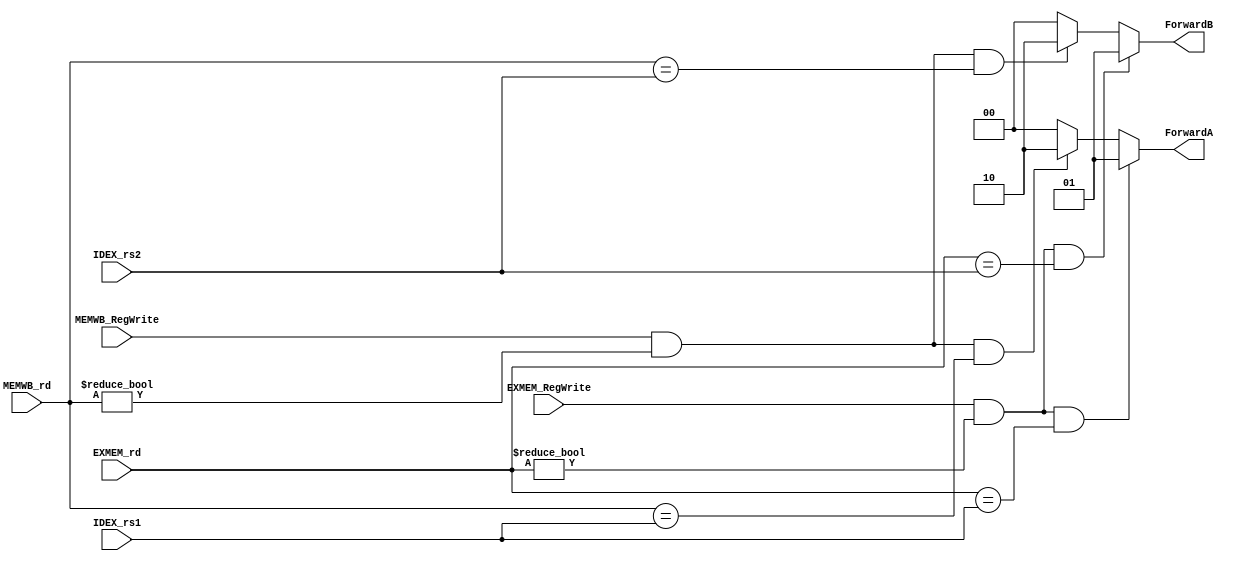
`timescale 1ns / 1ps
//////////////////////////////////////////////////////////////////////////////////
// Company: 
// Engineer: 
// 
// Design Name: 
// Module Name: Forward
// Project Name: 
// Target Devices: 
// Tool Versions: 
// Description: 
// 
// Dependencies: 
// 
// Revision:
// Revision 0.01 - File Created
// Additional Comments:
// 
//////////////////////////////////////////////////////////////////////////////////


module Forward(
    input [4: 0] IDEX_rs1,
    input [4: 0] IDEX_rs2,
    input EXMEM_RegWrite,
    input [4: 0] EXMEM_rd,
    input MEMWB_RegWrite,
    input [4: 0] MEMWB_rd,
    /*
      ForwardA  00         01          10
      rs1       IDEX_rs1   EXMEM_rs1   MEMWB_rs1
      ForwardB  00         01          10
      rs2       IDEX_rs2   EXMEM_rs2   MEMWB_rs2
    */
    output reg [1: 0] ForwardA,
    output reg [1: 0] ForwardB
    );
    always @(*) begin
        /*
          if_elseif
          
          
        */
        if((EXMEM_RegWrite) && (EXMEM_rd != 0) && (EXMEM_rd == IDEX_rs1)) begin
            ForwardA = 2'b01;
        end
        else if((MEMWB_RegWrite) && (MEMWB_rd != 0) && (MEMWB_rd == IDEX_rs1)) begin
            ForwardA = 2'b10;
        end
        else begin
            ForwardA = 2'b00;
        end

        if((EXMEM_RegWrite) && (EXMEM_rd != 0) && (EXMEM_rd == IDEX_rs2)) begin
            ForwardB = 2'b01;
        end
        else if((MEMWB_RegWrite) && (MEMWB_rd != 0) && (MEMWB_rd == IDEX_rs2)) begin
            ForwardB = 2'b10;
        end
        else begin
            ForwardB = 2'b00;
        end

    end
endmodule